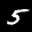
Label: 5